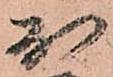
於